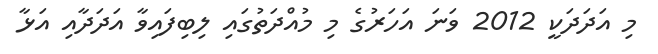
މި އަދަދަކީ 2012 ވަނަ އަހަރުގެ މި މުއްދަތުގައި ލިބިފައިވާ އަދަދާއި އަޅާ